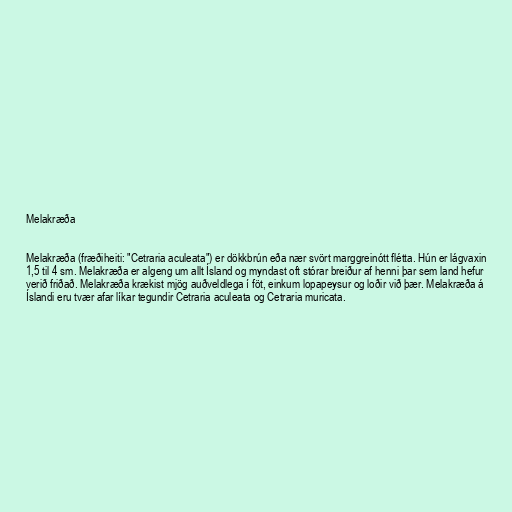
Melakræða

Melakræða (fræðiheiti: "Cetraria aculeata") er dökkbrún eða nær svört marggreinótt flétta. Hún er lágvaxin
1,5 til 4 sm. Melakræða er algeng um allt Ísland og myndast oft stórar breiður af henni þar sem land hefur
verið friðað. Melakræða krækist mjög auðveldlega í föt, einkum lopapeysur og loðir við þær. Melakræða á
Íslandi eru tvær afar líkar tegundir Cetraria aculeata og Cetraria muricata.